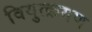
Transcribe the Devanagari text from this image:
वियुत्क्रमण